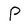
Character: P